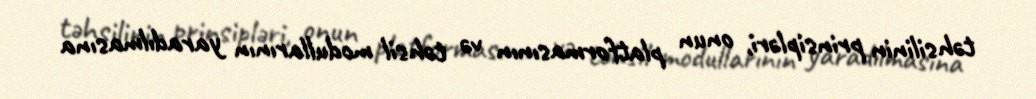
təhsilinin prinsipləri, onun platformasının və təhsil modullarının yaradılmasına